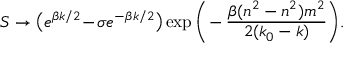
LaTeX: S \to \big ( e ^ { \beta k / 2 } \! - \! \sigma e ^ { - \beta k / 2 } \big ) \exp \Bigg ( \! - { \frac { \beta ( n ^ { 2 } - n ^ { 2 } ) m ^ { 2 } } { 2 ( k _ { 0 } - k ) } } \Bigg ) .